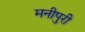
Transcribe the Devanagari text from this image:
मनीपुरी